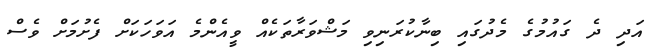
އަދި ދެ ގައުމުގެ މެދުގައި ބިނާކުރަނިވި މަޝްވަރާތަކެއް ވީއެންމެ އަވަހަކަށް ފެށުމަށް ވެސް